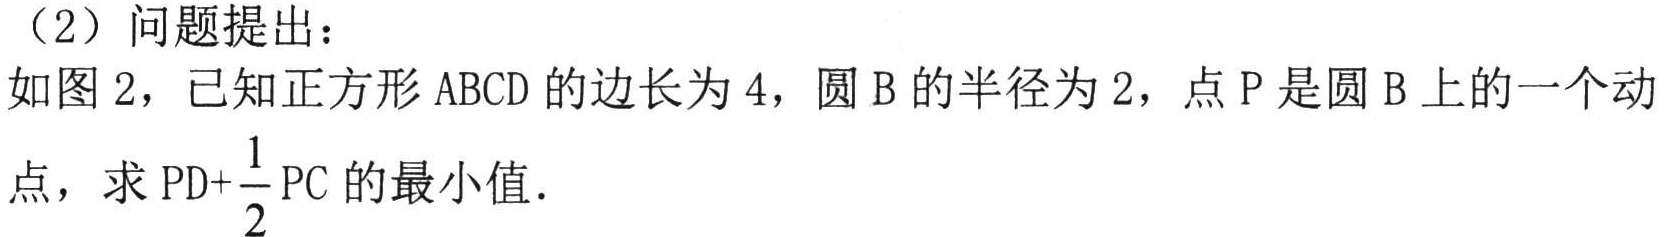
（2）问题提出：

如图2，已知正方形ABCD的边长为4，圆B的半径为2，点P是圆B上的一个动点，求$PD + \frac{1}{2}PC$的最小值.